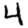
Digit: 4